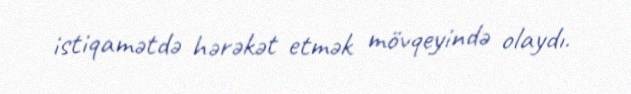
istiqamətdə hərəkət etmək mövqeyində olaydı.